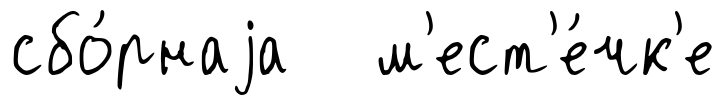
сбо́рнаjа м'ест'е́чк'е